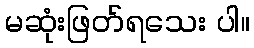
မဆုံးဖြတ်ရသေး ပါ။